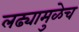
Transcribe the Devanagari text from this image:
लढ्यामुळेच